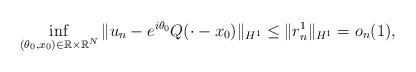
LaTeX: \begin{align*}\inf_{(\theta_0,x_0) \in \mathbb{R} \times \mathbb{R}^N} \| u_n - e^{i \theta_0} Q(\cdot-x_0) \|_{H^1} \le \| r_n^1 \|_{H^1} =o_n(1),\end{align*}